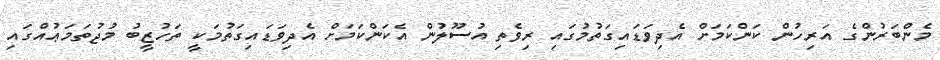
މެންބަރުންގެ އަރިހުން ކަންކަމަށް އެދިވަޑައިގަތުމުގައި ރިވެތި އުސޫލުން އެކަންކަމަށް އެދިވަޑައިގަތުމަކީ ތަހުޒީބު މުޖުތަމަޢުއްގައި